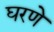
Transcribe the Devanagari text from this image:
घरणे